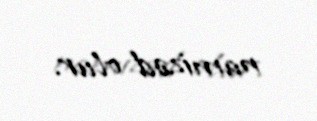
namizəd olur.